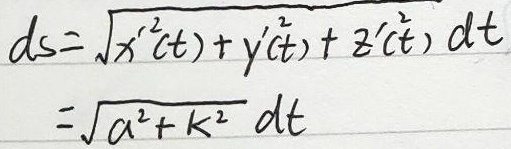
\[
\begin{align*}
ds&=\sqrt{x'^{2}(t)+y'^{2}(t)+z'^{2}(t)}\,dt\\
&=\sqrt{a^{2}+k^{2}}\,dt
\end{align*}
\]